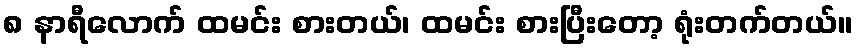
၈ နာရီလောက် ထမင်း စားတယ်၊ ထမင်း စားပြီးတော့ ရုံးတက်တယ်။